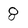
Character: 8